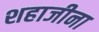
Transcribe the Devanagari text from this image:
शहाजीना